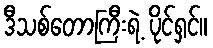
ဒီသစ်တောကြီးရဲ့ ပိုင်ရှင်။